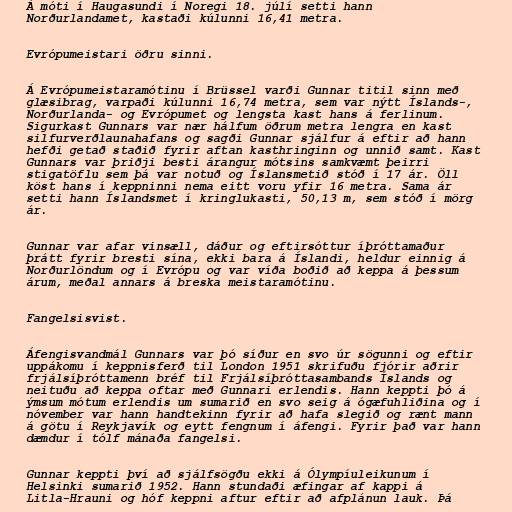
Á móti í Haugasundi í Noregi 18. júlí setti hann
Norðurlandamet, kastaði kúlunni 16,41 metra.

Evrópumeistari öðru sinni.

Á Evrópumeistaramótinu í Brüssel varði Gunnar titil sinn með
glæsibrag, varpaði kúlunni 16,74 metra, sem var nýtt Íslands-,
Norðurlanda- og Evrópumet og lengsta kast hans á ferlinum.
Sigurkast Gunnars var nær hálfum öðrum metra lengra en kast
silfurverðlaunahafans og sagði Gunnar sjálfur á eftir að hann
hefði getað staðið fyrir aftan kasthringinn og unnið samt. Kast
Gunnars var þriðji besti árangur mótsins samkvæmt þeirri
stigatöflu sem þá var notuð og Íslansmetið stóð í 17 ár. Öll
köst hans í keppninni nema eitt voru yfir 16 metra. Sama ár
setti hann Íslandsmet í kringlukasti, 50,13 m, sem stóð í mörg
ár.

Gunnar var afar vinsæll, dáður og eftirsóttur íþróttamaður
þrátt fyrir bresti sína, ekki bara á Íslandi, heldur einnig á
Norðurlöndum og í Evrópu og var víða boðið að keppa á þessum
árum, meðal annars á breska meistaramótinu.

Fangelsisvist.

Áfengisvandmál Gunnars var þó síður en svo úr sögunni og eftir
uppákomu í keppnisferð til London 1951 skrifuðu fjórir aðrir
frjálsíþróttamenn bréf til Frjálsíþróttasambands Íslands og
neituðu að keppa oftar með Gunnari erlendis. Hann keppti þó á
ýmsum mótum erlendis um sumarið en svo seig á ógæfuhliðina og í
nóvember var hann handtekinn fyrir að hafa slegið og rænt mann
á götu í Reykjavík og eytt fengnum í áfengi. Fyrir það var hann
dæmdur í tólf mánaða fangelsi.

Gunnar keppti því að sjálfsögðu ekki á Ólympíuleikunum í
Helsinki sumarið 1952. Hann stundaði æfingar af kappi á
Litla-Hrauni og hóf keppni aftur eftir að afplánun lauk. Þá